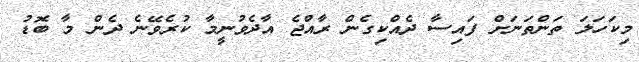
މިކަހަލަ ތަންތަނަށް ފައިސާ ދެއްކިގެން ރާއްޖެ އާދެވުނީމާ ކުރެވޭނެ ދެން މާ ބޮޑު